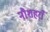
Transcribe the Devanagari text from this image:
नौशहराँ